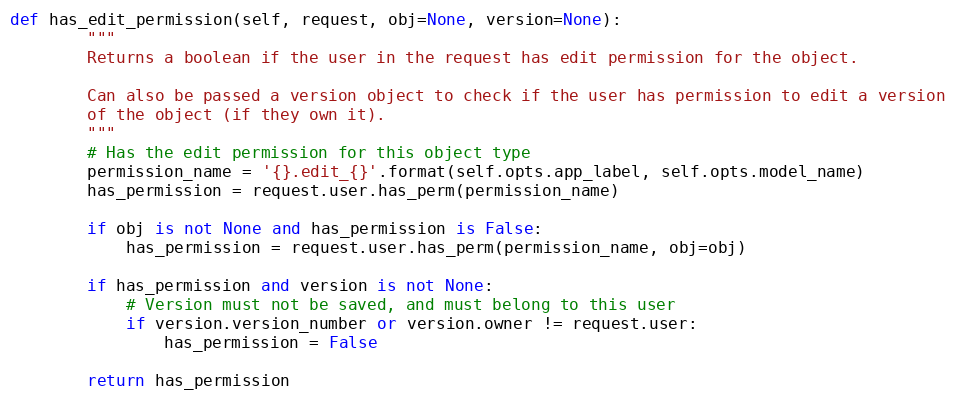
Language: Python
def has_edit_permission(self, request, obj=None, version=None):
        """
        Returns a boolean if the user in the request has edit permission for the object.

        Can also be passed a version object to check if the user has permission to edit a version
        of the object (if they own it).
        """
        # Has the edit permission for this object type
        permission_name = '{}.edit_{}'.format(self.opts.app_label, self.opts.model_name)
        has_permission = request.user.has_perm(permission_name)

        if obj is not None and has_permission is False:
            has_permission = request.user.has_perm(permission_name, obj=obj)

        if has_permission and version is not None:
            # Version must not be saved, and must belong to this user
            if version.version_number or version.owner != request.user:
                has_permission = False

        return has_permission